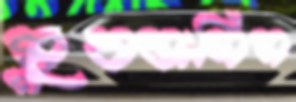
মুবতাসিম